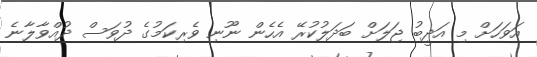
އަވަހަށް މި އަދީބު ޖަލަށް ބަދަލުކުރޭ އެހެން ނޫނި ވެރިކަމުގެ ދުވަސް ދުއްވާލާނެ